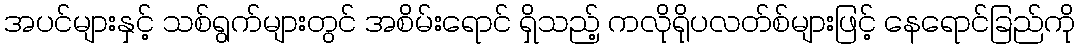
အပင်များနှင့် သစ်ရွက်များတွင် အစိမ်းရောင် ရှိသည့် ကလိုရိုပလတ်စ်များဖြင့် နေရောင်ခြည်ကို